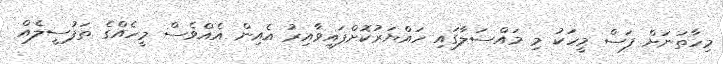
މިހާތަނަށް ފަސް މީހަކު މި މައްސަލާގައި ހައްޔަރުކޮށްފައިވާއިރު އެއިން އެއްވެސް މީހެއްގެ ތަފުސީލެއް